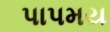
પાપમય